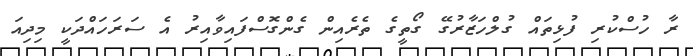
ރާ ހުސްކުރި ފުޅިތައް ގުލްހަޒާރުގޭ ގޯތީގެ ތެރެއިން ގެންގޮސްފައިވާއިރު އެ ސަރަހައްދަކީ މިދިއަ